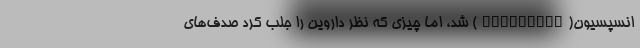
انسپسیون(Concepcin) شد، اما چیزی که نظر داروین را جلب کرد صدف‌های